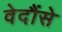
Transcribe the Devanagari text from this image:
वेदौंसे